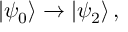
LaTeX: | \psi _ { 0 } \rangle \rightarrow | \psi _ { 2 } \rangle \, ,